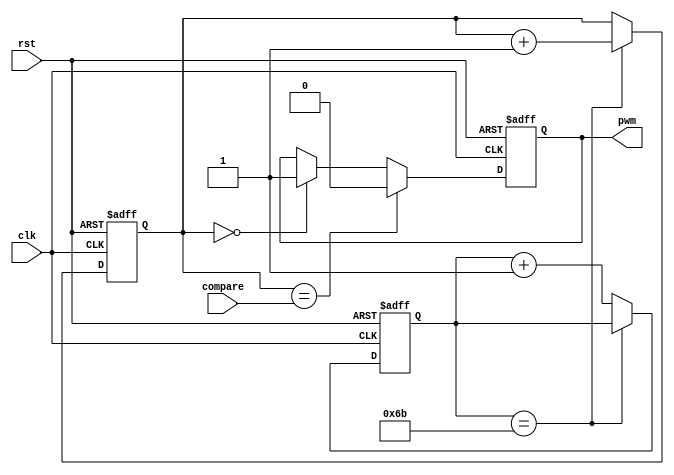
module pwm #(
    parameter CLK_NUM = 27000000,
    parameter PRECISION = 8, // maxima e 9 bits
    parameter PWM_CLK = 980,
    parameter CLK_DIV_COUNTER = CLK_NUM / (PWM_CLK * (2 ** PRECISION ))
)(
    input clk,
    input rst,
    input [PRECISION - 1 : 0] compare,
    output pwm
);

reg pwm_r;
reg [PRECISION - 1: 0]counter;
reg [PRECISION:0] clk_counter;

assign pwm = pwm_r;

initial begin
    pwm_r = 0;
    counter = 0;
    clk_counter <= 0;
end

always @(posedge clk or negedge rst) begin
    if(~rst) begin
        clk_counter <= 0;
        counter <= 0;
        pwm_r <= 0;
    end else begin
        if(clk_counter == CLK_DIV_COUNTER) begin
            counter <= counter + 1;
        end else begin
            clk_counter <= clk_counter + 1;
        end

        if(counter == compare) begin
            pwm_r <= 0;
        end else if(counter == 0) begin
            pwm_r <= 1;
        end
    end
end
    
endmodule